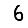
Digit: 6